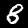
Label: 8